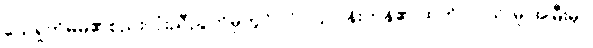
ယေရှုကိုမိမိ၏စည်းလုံးညီညွတ်မှုတွင် လိပ်ပြာပန်းကန်၏ ထက်/လယ်/မူ အမြီးမှာ